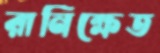
রানিক্ষেত